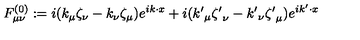
F _ { \mu \nu } ^ { ( 0 ) } : = i ( k _ { \mu } \zeta _ { \nu } - k _ { \nu } \zeta _ { \mu } ) e ^ { i k \cdot x } + i ( { k ^ { \prime } } _ { \mu } { \zeta ^ { \prime } } _ { \nu } - { k ^ { \prime } } _ { \nu } { \zeta ^ { \prime } } _ { \mu } ) e ^ { i k ^ { \prime } \cdot x }